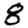
Digit: 8